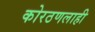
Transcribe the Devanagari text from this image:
कोरठणलाही